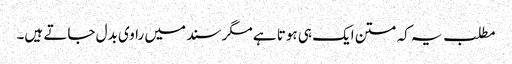
مطلب یہ کہ متن ایک ہی ہوتا ہے مگر سند میں راوی بدل جاتے ہیں۔